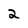
Character: 2